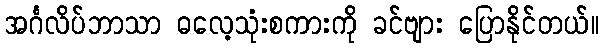
အင်္ဂလိပ်ဘာသာ ဓလေ့သုံးစကားကို ခင်ဗျား ပြောနိုင်တယ်။